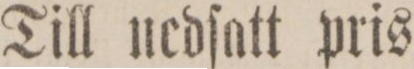
Till nedſatt pris